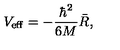
V _ { \mathrm { e f f } } = - \frac { \hbar ^ { 2 } } { 6 M } \bar { R } ,